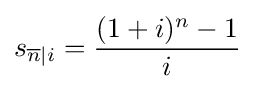
s_{{\overline {n}}|i}={\frac {(1+i)^{n}-1}{i}}